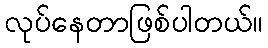
လုပ်နေတာဖြစ်ပါတယ်။